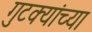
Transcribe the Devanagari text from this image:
गुटक्यांच्या